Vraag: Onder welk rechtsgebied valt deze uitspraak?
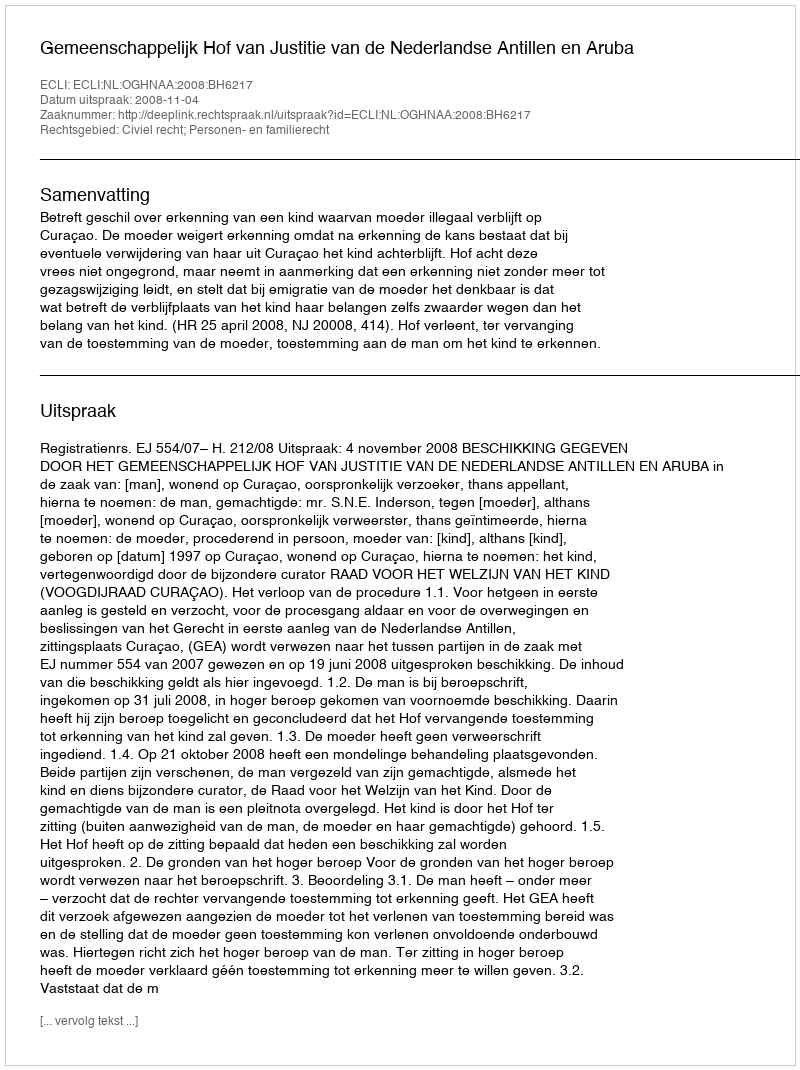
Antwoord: Civiel recht; Personen- en familierecht